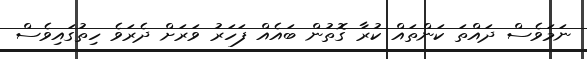
ނަމަވެސް ދައްތަ ކަންތައް ކުރާ ގޮތުން ބައެއް ފަހަރު ވަރަށް ދެރަވެ ހިތުގައިވެސް